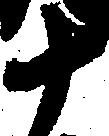
十